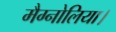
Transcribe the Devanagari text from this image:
मैग्नोलिया।